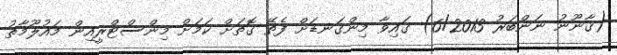
(ޤާނޫނު ނަންބަރު 6/2013) ގައިވާ މިންގަނޑަށް ފެތޭ ގޮތަށް ކަމަށް މިންސްޓްރީއިން މައުލޫމާތު